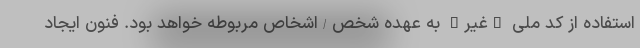
استفاده از کد ملی "غیر" به عهده شخص/اشخاص مربوطه خواهد بود. فنون ایجاد